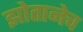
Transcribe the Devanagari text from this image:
झोतानेच